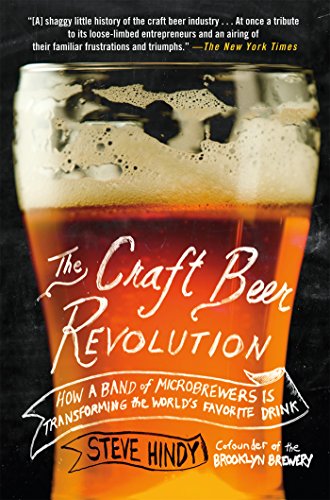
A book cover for The Craft Beer Revolution: How a Band of Microbrewers Is Transforming the World's Favorite Drink; Steve Hindy; Cookbooks, Food & Wine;